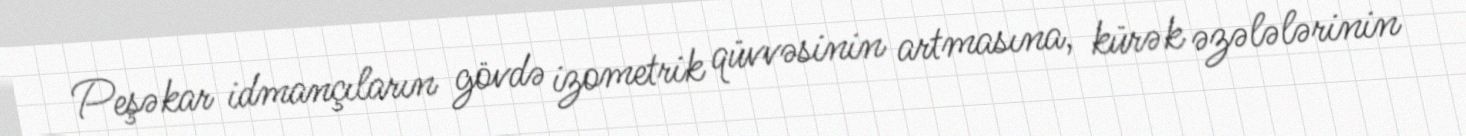
Peşəkar idmançıların gövdə izometrik qüvvəsinin artmasına, kürək əzələlərinin